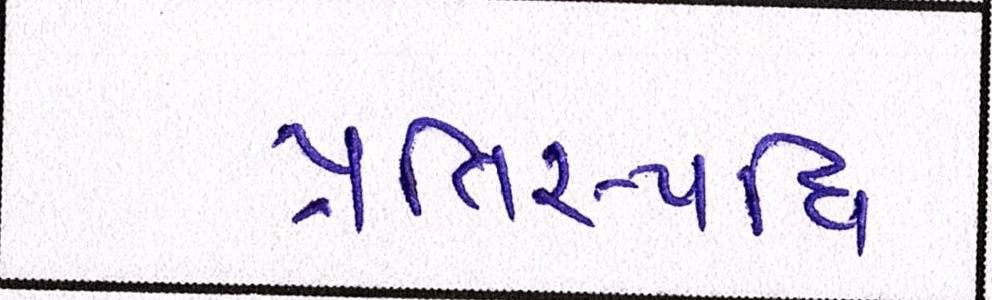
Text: પ્રતિસ્પધિ